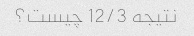
نتیجه 12/3 چیست؟